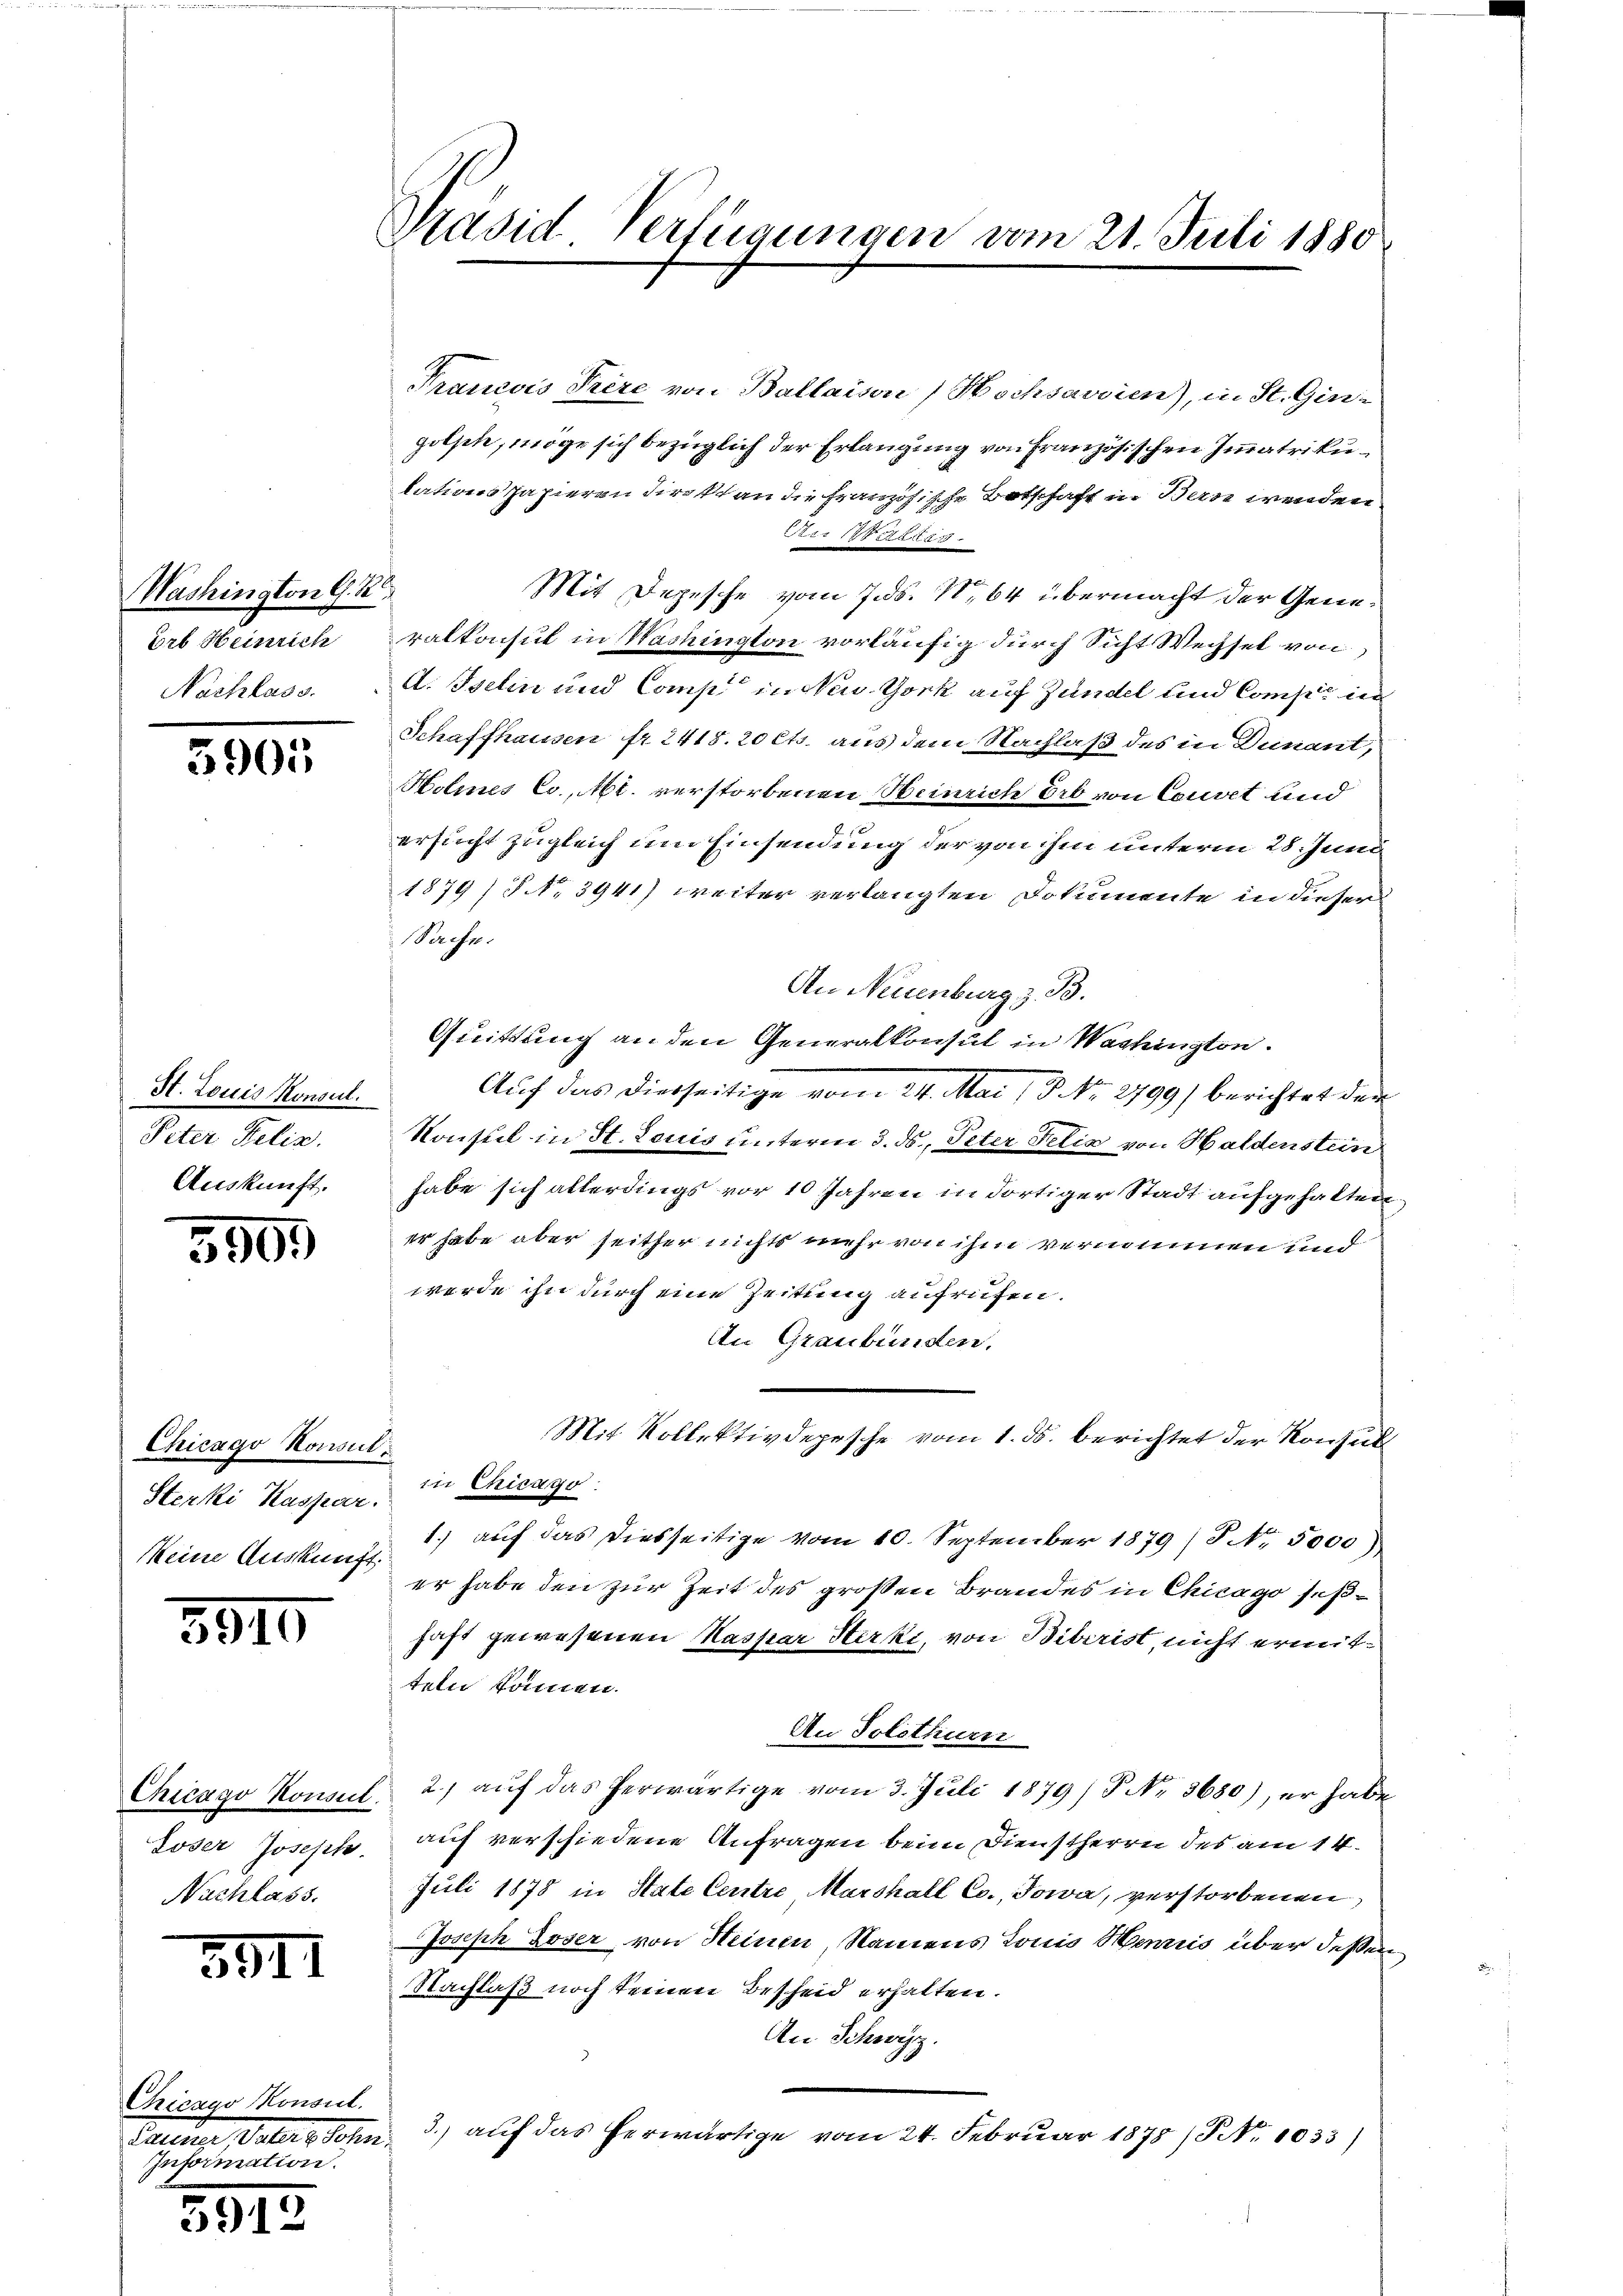
Washington G. K
Erb Heinrich
Nachlass.

5905

St. Louis Konsul
Peter Relia.
Auskunft.

3909

Chicago Konsul
Sterki Kaspar
keine Auskunft

5910

Chicago Konsul
Soser Joseph
Nachlass.

391

Chicago Konsul
Pellige Volle, Sohn
Information.

5912

Präsid. Verfügungen vom 21. Juli 1880

Francois Prère von Ballaison, Hochsavien), in St. Gingolste, möge sich bezüglich der Erlangung von Französischen Immatrikulations papieren direkt an die französische Botschaft in Bern werden
2 rette
Mit Depesche vom 7. ds. 1,64 übermacht der Generalkonsul in Washington vorläufig durch Sicht Wechsel von
A. Iselin und Compt in New York auf Zündel und Compić der
Schaffhausen fr. 2418. 20 cts. aus dem Nachlaß des in Dunant,
Holines Co, Mt. verstorbenen Steinrich Erb von Couvet und
ersucht zugleich um Einsendung der von ihm unterm 28. Juni
1879) § NNo. 3941) weiter verlangten Dokumente in dieser
Sache.
An Neuenburg z. B.
Quittung an den Generalkonsul in Washington.
Auf das diesseitige vom 24. Mai 18. No. 2799) berichtet der
Konsul in St. Louis unterm 3. ds., Peter Felix von Haldenstein
habe sich allerdings vor 10 Jahren in dortiger Stadt aufgehalten
er habe aber seither nichts mehr von ihm vernommen und
werde ihn durch eine Zeitung aufrufen.
An Graubünden.
Mit Kollektivdepesche vom 1. ds. berichtet der Konsult
in Chicago
1.) auf das diesseitige vom 10. September 1879) P. Nr. 5000)
er habe den zur Zeit des großen Brandes in Chicago seßhaft gewesenen Kaspar Sterki, von Biberist, nicht ermittem kommen.
An Solothurn
2.) auf das herwärtige vom 3. Juli 1879) P. Nr. 3680), er habe
auf verschiedene Anfragen beim Dienstherrn des am 14.
Juli 1878 in State Centre Marshall Co., Jowa, verstorbenen
Joseph Loser von Heinen, Namens Louis Hennis über dessen
Nachlaß noch keinen Bescheid erhalten.
An Schwyz.
3.) auf das herwärtige vom 24. Februar 1875 (Nr. 1033)